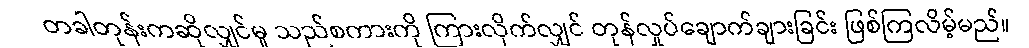
တခါတုန်းကဆိုလျှင်မူ သည်စကားကို ကြားလိုက်လျှင် တုန်လှုပ်ချောက်ချားခြင်း ဖြစ်ကြလိမ့်မည်။